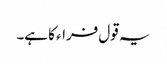
یہ قول فراء کا ہے۔